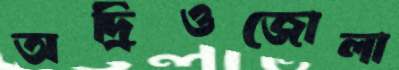
অদ্রিওজোলা